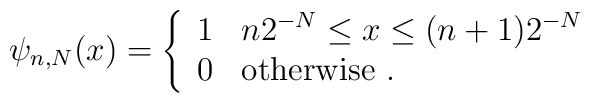
\psi_{n,N}(x)=\left\{\begin{array}{ll}1&\mbox{$n2^{-N}\leq x\leq(n+1)2^{-N}$}\\0&\mbox{otherwise .}\end{array}\right.